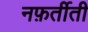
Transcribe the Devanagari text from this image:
नफ़र्तीती